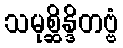
သမုစ္ဆိန္ဒိတဗ္ဗံ